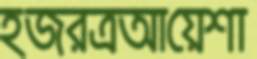
হজরত্রআয়েশা